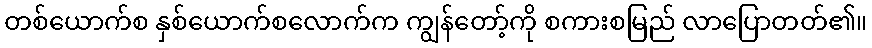
တစ်ယောက်စ နှစ်ယောက်စလောက်က ကျွန်တော့်ကို စကားစမြည် လာပြောတတ်၏။